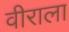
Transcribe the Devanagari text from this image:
वीराला